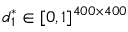
\displaystyle \boldsymbol { d } _ { 1 } ^ { * } \in [ 0 , 1 ] ^ { 4 0 0 \times 4 0 0 }